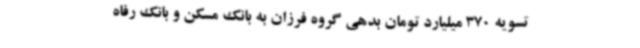
تسویه 370 میلیارد تومان بدهی گروه فرزان به بانک مسکن و بانک رفاه